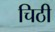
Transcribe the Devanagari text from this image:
चिठी